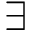
\exists